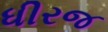
ધીરજ